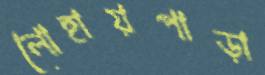
লোহায়পাড়া